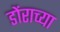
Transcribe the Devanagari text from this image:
डोंराच्या